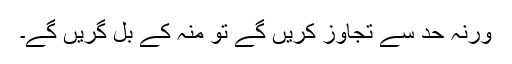
ورنہ حد سے تجاوز کریں گے تو منہ کے بل گریں گے۔